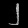
Digit: ၂